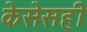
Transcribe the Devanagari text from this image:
केसेसही